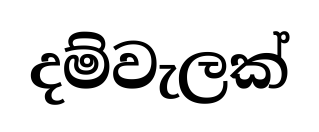
දම්වැලක්